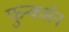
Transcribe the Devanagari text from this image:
फुन्कसेन